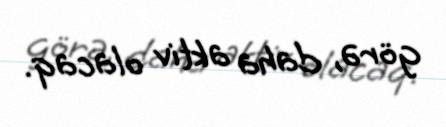
görə, daha aktiv olacaq.